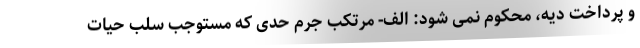
و پرداخت دیه، محکوم نمی شود: الف- مرتکب جرم حدی که مستوجب سلب حیات